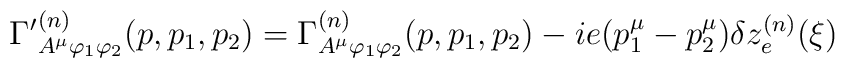
{\Gamma '} _{A^\mu \varphi_1        \varphi_2 }^{(n)}(p, p_1 , p_2 ) = \Gamma^{(n)} _{A^\mu \varphi_1        \varphi_2 }(p, p_1 , p_2 ) - i e (p_1^\mu - p_2 ^\mu ) \delta z_e ^{(n)}(\xi)